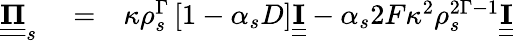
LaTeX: \begin{array}{rlr}{\underline{{\underline{{\mathbf{\Pi}}}}}_{s}}&{{}=}&{\kappa\rho_{s}^{\Gamma}\left[1-\alpha_{s}D\right]\underline{{\underline{{\mathbf{I}}}}}-\alpha_{s}2F\kappa^{2}\rho_{s}^{2\Gamma-1}\underline{{\underline{{\mathbf{I}}}}}}\end{array}